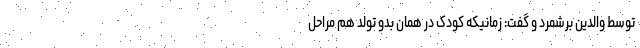
توسط والدین برشمرد و گفت: زمانیکه کودک در همان بدو تولد هم مراحل